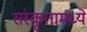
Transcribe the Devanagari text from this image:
संस्कृतामध्ये